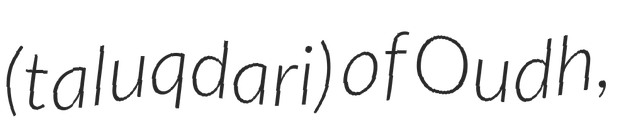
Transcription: (taluqdari) of Oudh,